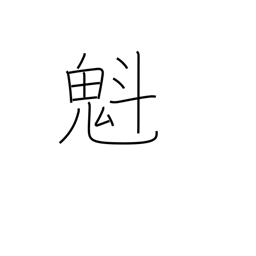
Meaning: charging ahead of others